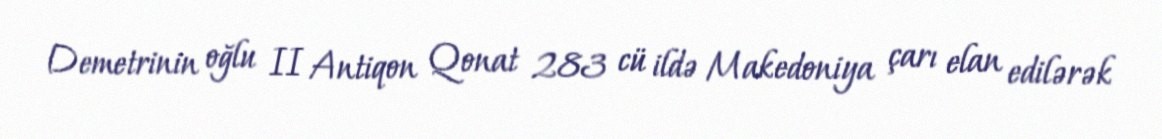
Demetrinin oğlu II Antiqon Qonat 283 cü ildə Makedoniya çarı elan edilərək